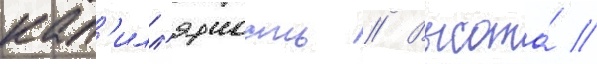
кап'илл'ярность // Высота́ /